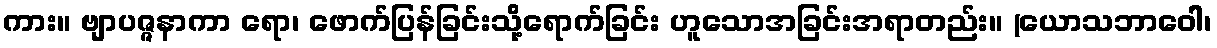
ကား။ ဗျာပဇ္ဇနာကာ ရော၊ ဖောက်ပြန်ခြင်းသို့ရောက်ခြင်း ဟူသောအခြင်းအရာတည်း။ (ယောသဘာဝေါ၊